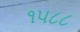
૧૫૮૮